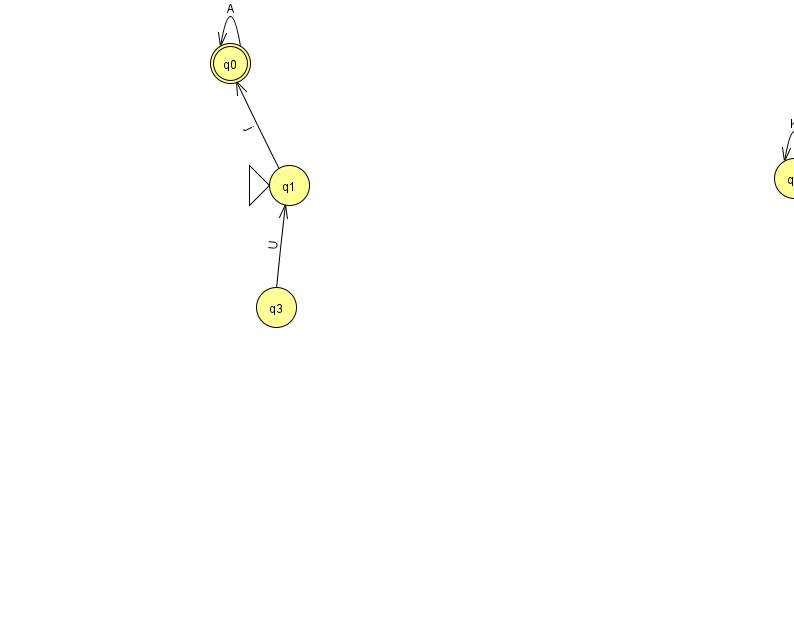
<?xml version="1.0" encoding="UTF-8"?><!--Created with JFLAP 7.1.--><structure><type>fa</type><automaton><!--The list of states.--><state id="0" name="q0"><x>230.0</x><y>50.0</y><final/></state><state id="1" name="q1"><x>289.0</x><y>172.0</y><initial/></state><state id="2" name="q2"><x>794.0</x><y>165.0</y></state><state id="3" name="q3"><x>276.0</x><y>294.0</y></state><!--The list of transitions.--><transition><from>0</from><to>0</to><read>A</read></transition><transition><from>3</from><to>1</to><read>U</read></transition><transition><from>1</from><to>0</to><read>j</read></transition><transition><from>2</from><to>2</to><read>K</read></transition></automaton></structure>